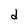
Character: d